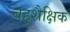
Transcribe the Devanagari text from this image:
बहुशैक्षिक